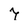
Character: 7